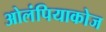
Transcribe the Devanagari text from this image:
ओलंपियाकोज